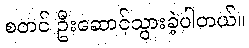
စတင် ဦးဆောင်သွားခဲ့ပါတယ်။